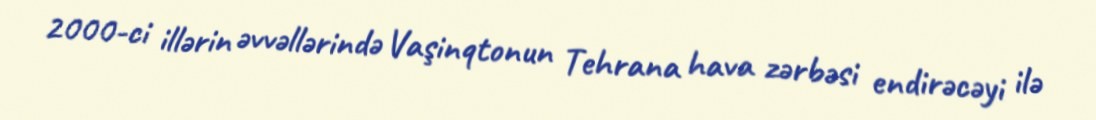
2000-ci illərin əvvəllərində Vaşinqtonun Tehrana hava zərbəsi endirəcəyi ilə